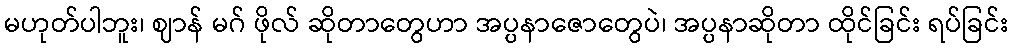
မဟုတ်ပါဘူး၊ ဈာန် မဂ် ဖိုလ် ဆိုတာတွေဟာ အပ္ပနာဇောတွေပဲ၊ အပ္ပနာဆိုတာ ထိုင်ခြင်း ရပ်ခြင်း